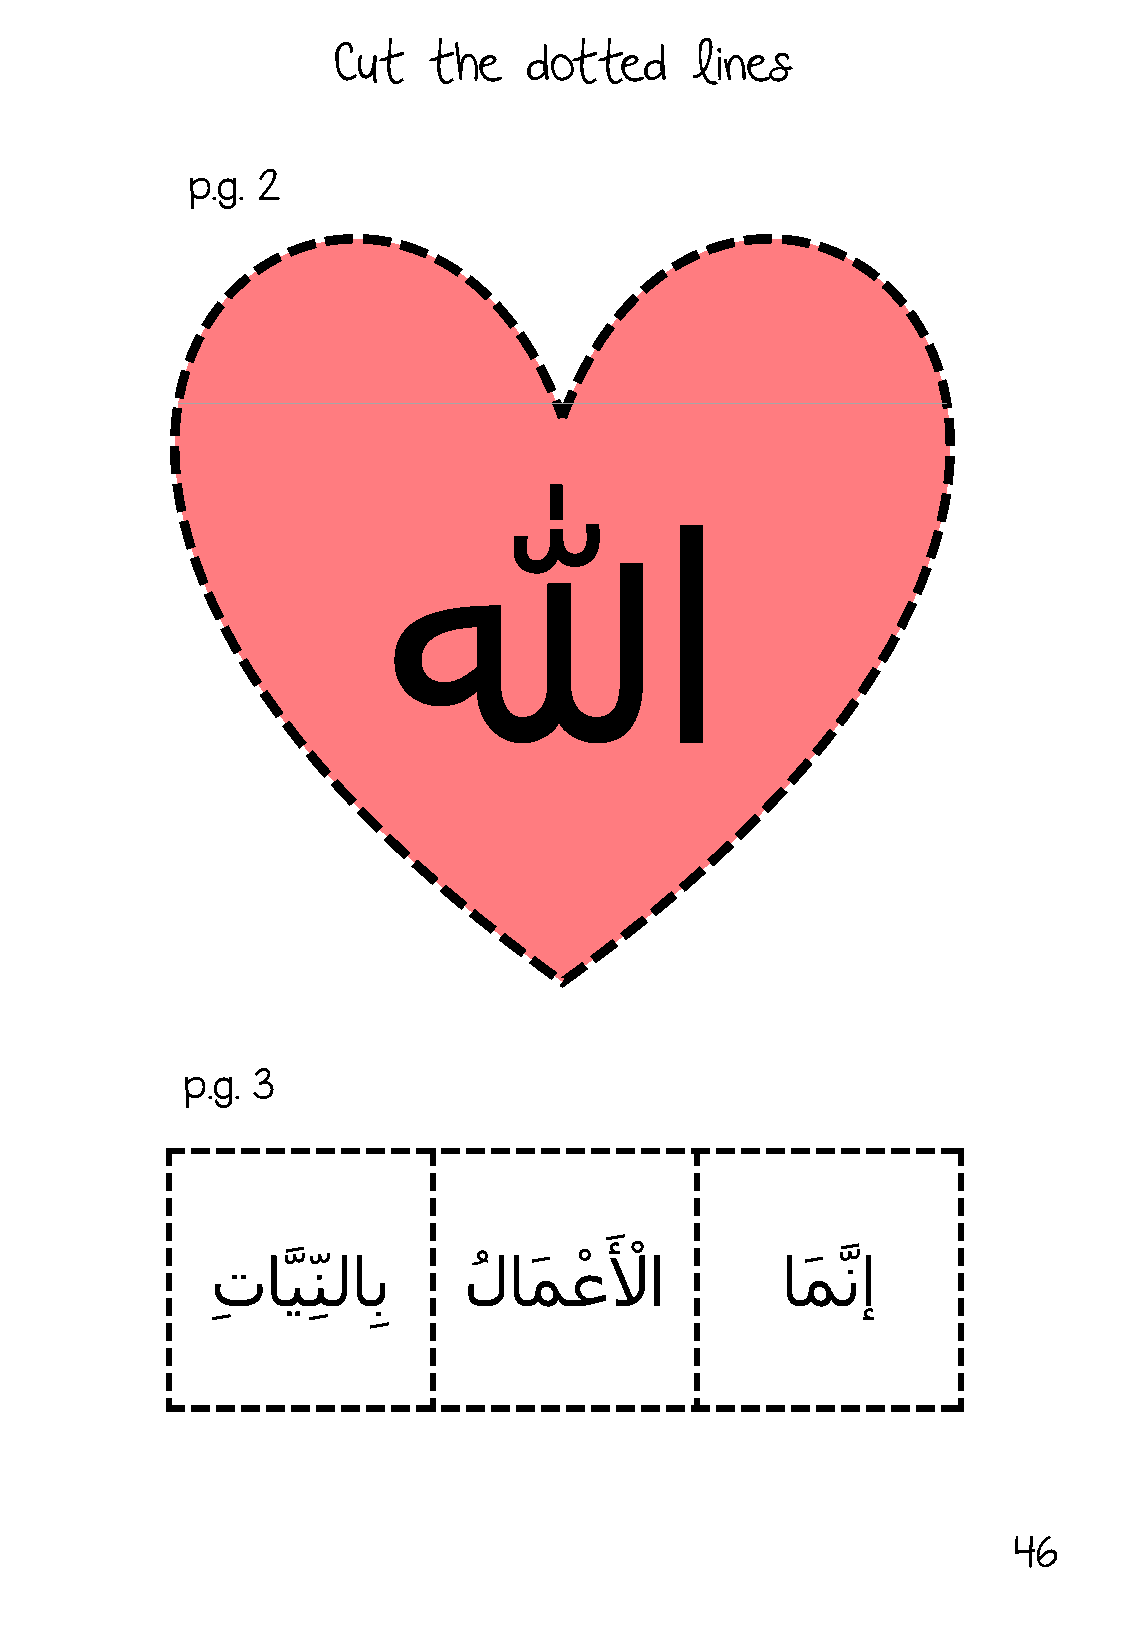
Cut   the    dotted     lines
 p.g. 2
 الله
 p.g. 3
 َ
 َِّ ا َّيِّ ِنلاب َّل اَّمَ عأ
 لْأ
 ا        امَ نإ
 ِ
 46